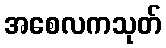
အစေလကသုတ်